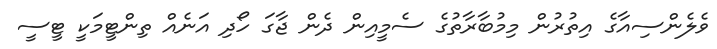
ވެލެންސިއާގެ އިތުރުން މިމުބާރާތުގެ ސެމީއިން ދެން ޖާގަ ހޯދި އަނެއް ތިންޓީމަކީ ޓީސީ